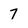
Character: 7